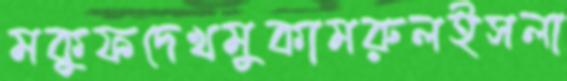
মকুফদেখমুকামরুলইসলা